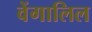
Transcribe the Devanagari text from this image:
वेंगालिल